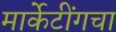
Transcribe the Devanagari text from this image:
मार्केटींगचा